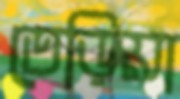
তেড়িয়া